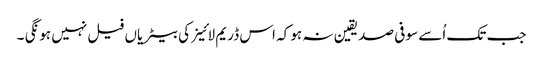
جب تک اُسے سو فی صد یقین نہ ہو کہ اس ڈریم لائینر کی بیٹریاں فیل نہیں ہونگی ۔